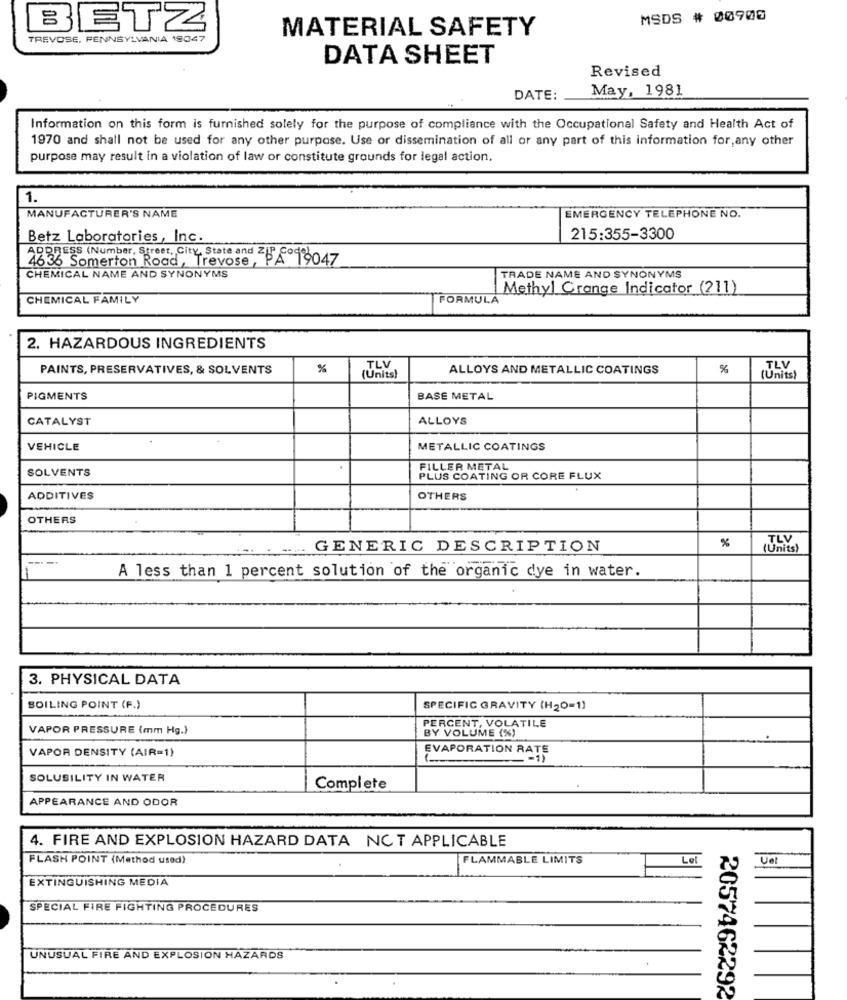
MSDS # 00900
BETZ
MATERIAL SAFETY
TREVOSE, PENNSYLVANIA 19047
DATA SHEET
Revised
May, 1981
DATE:
Information on this form is furnished solely for the purpose of compliance with the Occupational Safety and Health Act of
1970 and shall not be used for any other purpose. Use or dissemination of all or any part of this information for,any other
purpose may result in a violation of law or constitute grounds for legal action.
1.
MANUFACTURER'S NAME
EMERGENCY TELEPHONE NO.
Betz Laboratories, Inc.
215:355-3300
4636 Somerton Road, Trevose, P
ADDRESS (Number, Street, City, State and Z1 f01047
CHEMICAL NAME AND SYNONYMS
TRADE NAME AND SYNONYMS
Methyl Grange Indicator (211)
CHEMICAL FAMILY
FORMULA
2. HAZARDOUS INGREDIENTS
PAINTS, PRESERVATIVES, & SOLVENTS
%
TLV
ALLOYS AND METALLIC COATINGS
%
TLV
(Units)
(Units)
PIGMENTS
BASE METAL
CATALYST
ALLOYS
VEHICLE
METALLIC COATINGS
SOLVENTS
FILLER METAL
PLUS COATING OR CORE FLUX
ADDITIVES
OTHERS
OTHERS
TLV
GENERIC DESCRIPTION
%
(Units)
---
A less than 1 percent solution of the organic dye in water.
3. PHYSICAL DATA
BOILING POINT (F.)
SPECIFIC GRAVITY (H2O=1)
PERCENT, VOLATILE
VAPOR PRESSURE (mm Hg.)
BY VOLUME (%)
VAPOR DENSITY (AIR=1)
EVAPORATION RATE
=1)
SOLUBILITY IN WATER
Complete
APPEARANCE AND ODOR
4. FIRE AND EXPLOSION HAZARD DATA NOT APPLICABLE
FLASH POINT (Method used}
FLAMMABLE LIMITS
Lel
Uet
EXTINGUISHING MEDIA
SPECIAL FIRE FIGHTING PROCEDURES
UNUSUAL FIRE AND EXPLOSION HAZARDS
2057462292